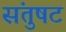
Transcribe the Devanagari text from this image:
संतुषट